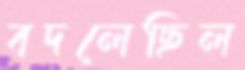
বদলেছিল